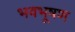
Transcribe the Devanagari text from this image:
भवभूषण